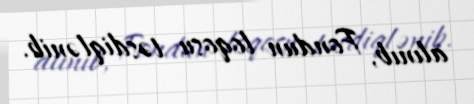
alınıb, Fondun loqosu təsdiqlənib.